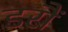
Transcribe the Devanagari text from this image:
डरौं